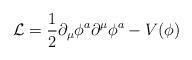
LaTeX: \begin{align*}{\cal L}={1\over 2}\partial_\mu\phi^a\partial^\mu\phi^a-V(\phi )\end{align*}